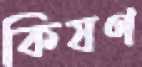
কিষণ